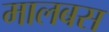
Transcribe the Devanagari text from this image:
मालबस